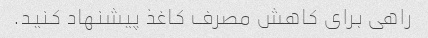
راهی برای کاهش مصرف کاغذ پیشنهاد کنید.